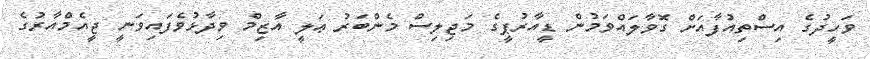
ވަހީދުގެ އިސްތިއުފާއަށް ގޮވާލައްވަމުން ޑީއާރުޕީގެ މަޖިލިސް މެންބަރު ޢަލީ އާޒިމް ވިދާޅުވެފައިވަނީ ޖީއެމްއާރުގެ